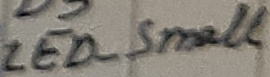
Text: LED_Small